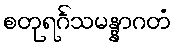
စတုရင်္ဂသမန္နာဂတံ